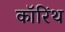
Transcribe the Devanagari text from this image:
कॉरिंथ